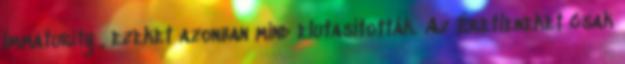
Immaturity , ezeket azonban mind elutasították. Az Éretleneket csak